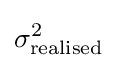
\sigma _{\text{realised}}^{2}